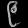
Digit: ၉